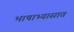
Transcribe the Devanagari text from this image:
भाषाभ्यासात